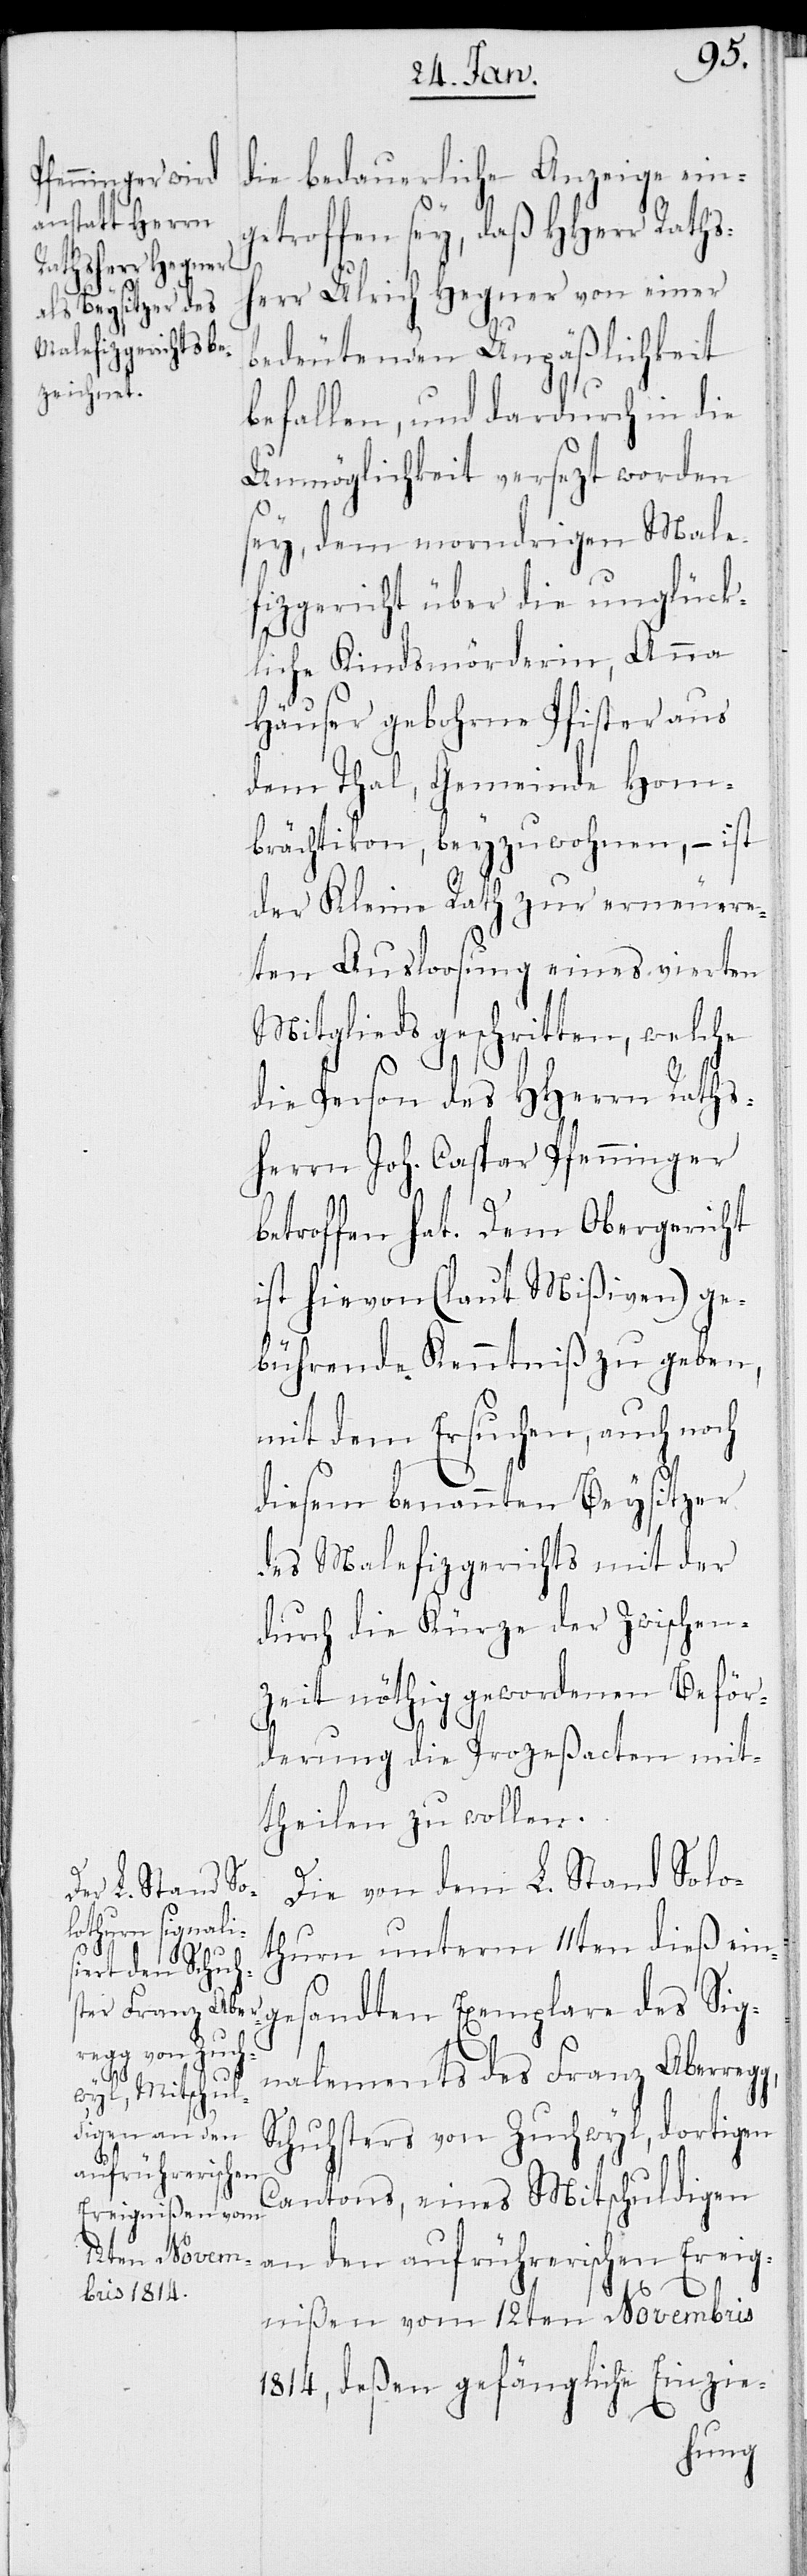
die bedauerliche Anzeige ein¬
getroffen sey, daß HHerr Raths¬
herr Ulrich Hegner von einer
bedeutenden Unpäßlichkeit
befallen, und dardurch in die
Unmöglichkeit versezt worden
sey, dem morndrigen Male¬
fizgericht über die unglück¬
liche Kindsmörderin, Anna
Häuser gebohrne Pfister aus
dem Thal, Gemeinde Hom¬
brächtikon, beyzuwohnen, – ist
der Kleine Rath zur erneuere¬
ten Ausloosung eines vierten
Mitglieds geschritten, welche
die Person des HHerrn Raths¬
herr Joh. Caspar Pfenninger
betroffen hat. Dem Obergericht
ist hievon (laut Mißiven) ge¬
bührende Kenntniß zu geben,
mit dem Ersuchen, auch noch
diesem benannten Beysitzer
des Malefizgerichts mit der
durch die Kürze der Zwischen¬
zeit nöthig gewordenen Beför¬
derung die Prozeßacten mit¬
theilen zu wollen.
Die von dem L. Stand Solo¬
thurn unterm 11ten dieß ein¬
g,
nalements des Franz Aberreg¬
gesandten
Schuhsters von Zuchwyl, dortigen
Cantons, eines Mitschuldigen
an den aufrührerischen Ereig¬
nißen vom 12ten Novembris
1814, deßen gefängliche Einzie-